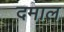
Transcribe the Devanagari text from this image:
दमाल